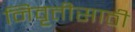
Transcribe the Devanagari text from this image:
निवृत्तीसाठी